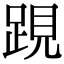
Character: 𨁍